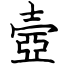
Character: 壼